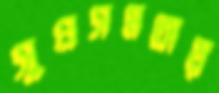
সুপ্রসন্নতায়